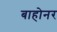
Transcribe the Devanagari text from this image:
बाहोनर